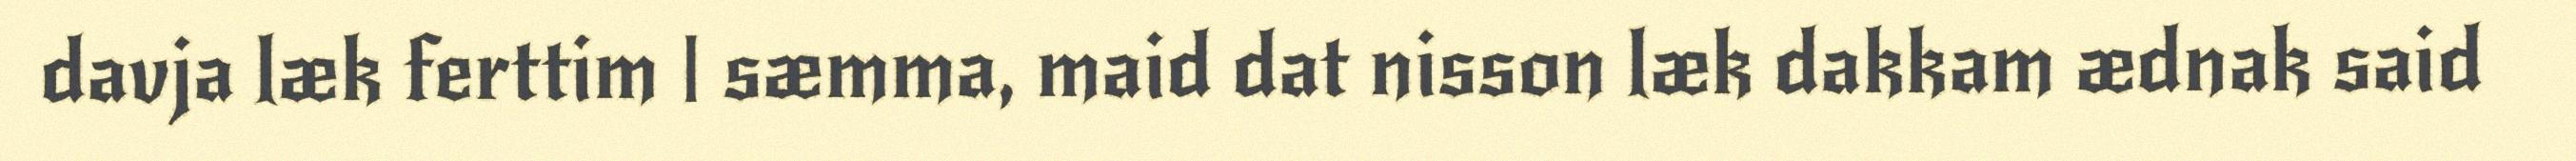
davja læk ferttim | sæmma, maid dat nisson læk dakkam ædnak said